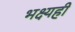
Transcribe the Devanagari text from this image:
भक्ष्यही